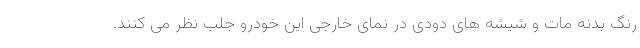
رنگ بدنه مات و شیشه های دودی در نمای خارجی این خودرو جلب نظر می کنند.